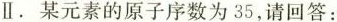
Ⅱ。某元素的原子序数为35，请回答：